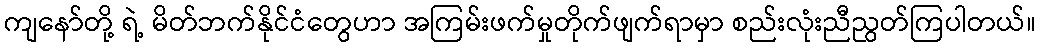
ကျနော်တို့ ရဲ့ မိတ်ဘက်နိုင်ငံတွေဟာ အကြမ်းဖက်မှုတိုက်ဖျက်ရာမှာ စည်းလုံးညီညွတ်ကြပါတယ်။